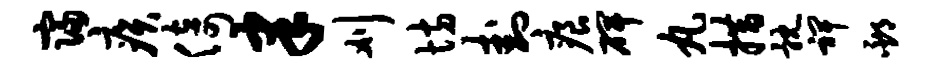
寝疾倚聿刈坊卦痕碑丸措耽裨邳